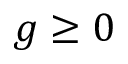
g \geq 0